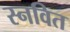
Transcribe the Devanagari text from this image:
स्नवित